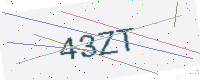
Text: 43ZT